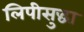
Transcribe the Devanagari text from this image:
लिपीसुद्धा